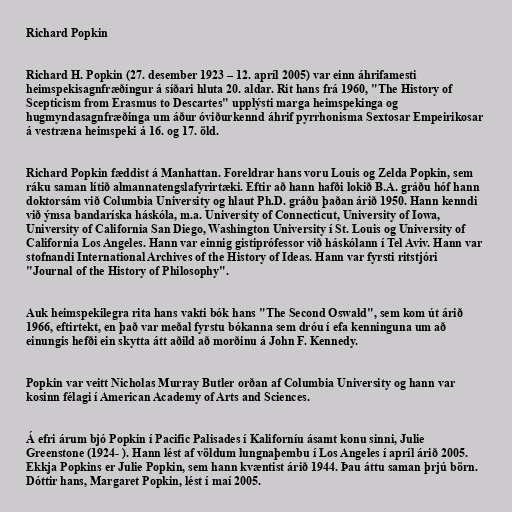
Richard Popkin

Richard H. Popkin (27. desember 1923 – 12. apríl 2005) var einn áhrifamesti
heimspekisagnfræðingur á síðari hluta 20. aldar. Rit hans frá 1960, "The History of
Scepticism from Erasmus to Descartes" upplýsti marga heimspekinga og
hugmyndasagnfræðinga um áður óviðurkennd áhrif pyrrhonisma Sextosar Empeirikosar
á vestræna heimspeki á 16. og 17. öld.

Richard Popkin fæddist á Manhattan. Foreldrar hans voru Louis og Zelda Popkin, sem
ráku saman lítið almannatengslafyrirtæki. Eftir að hann hafði lokið B.A. gráðu hóf hann
doktorsám við Columbia University og hlaut Ph.D. gráðu þaðan árið 1950. Hann kenndi
við ýmsa bandaríska háskóla, m.a. University of Connecticut, University of Iowa,
University of California San Diego, Washington University í St. Louis og University of
California Los Angeles. Hann var einnig gistiprófessor við háskólann í Tel Aviv. Hann var
stofnandi International Archives of the History of Ideas. Hann var fyrsti ritstjóri
"Journal of the History of Philosophy".

Auk heimspekilegra rita hans vakti bók hans "The Second Oswald", sem kom út árið
1966, eftirtekt, en það var meðal fyrstu bókanna sem dróu í efa kenninguna um að
einungis hefði ein skytta átt aðild að morðinu á John F. Kennedy.

Popkin var veitt Nicholas Murray Butler orðan af Columbia University og hann var
kosinn félagi í American Academy of Arts and Sciences.

Á efri árum bjó Popkin í Pacific Palisades í Kaliforníu ásamt konu sinni, Julie
Greenstone (1924- ). Hann lést af völdum lungnaþembu í Los Angeles í apríl árið 2005.
Ekkja Popkins er Julie Popkin, sem hann kvæntist árið 1944. Þau áttu saman þrjú börn.
Dóttir hans, Margaret Popkin, lést í maí 2005.